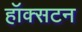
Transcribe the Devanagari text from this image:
हॉक्सटन